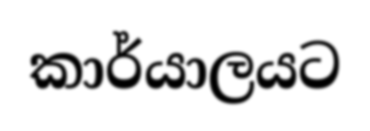
කාර්යාලයට